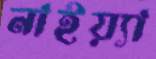
নাইয়্যা